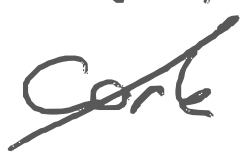
Text: Cork
Cross-out: diagonal
Writing tool: digital_gray